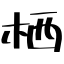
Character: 栖